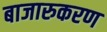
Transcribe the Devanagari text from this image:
बाजारुकरण